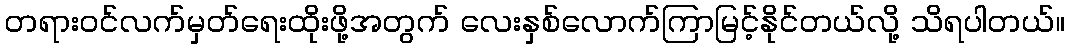
တရားဝင်လက်မှတ်ရေးထိုးဖို့အတွက် လေးနှစ်လောက်ကြာမြင့်နိုင်တယ်လို့ သိရပါတယ်။